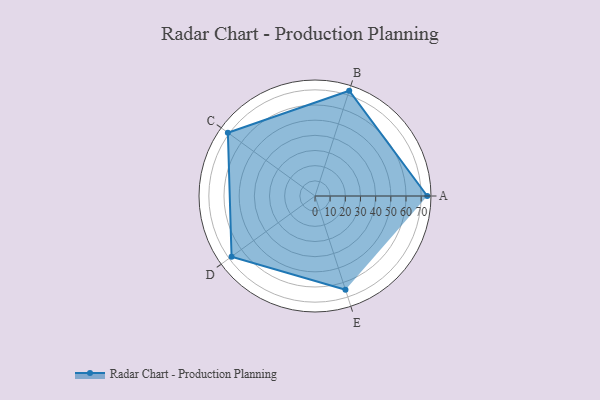
{"axis": {"x": "Skill", "y": "Score"}, "legend": ["Profile"], "data": [{"x": "A", "y": 74.0, "type": "Profile"}, {"x": "B", "y": 73.0, "type": "Profile"}, {"x": "C", "y": 71.0, "type": "Profile"}, {"x": "D", "y": 68.0, "type": "Profile"}, {"x": "E", "y": 65.0, "type": "Profile"}]}